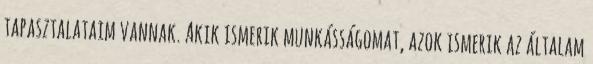
tapasztalataim vannak. Akik ismerik munkásságomat, azok ismerik az általam